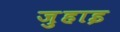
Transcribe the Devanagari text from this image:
ज़ुहाइ